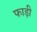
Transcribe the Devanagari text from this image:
फाड़ी